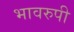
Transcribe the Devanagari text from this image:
भावरुपी